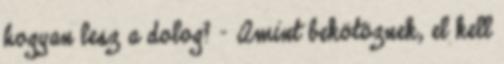
hogyan lesz a dolog? - Amint bekötöznek, el kell